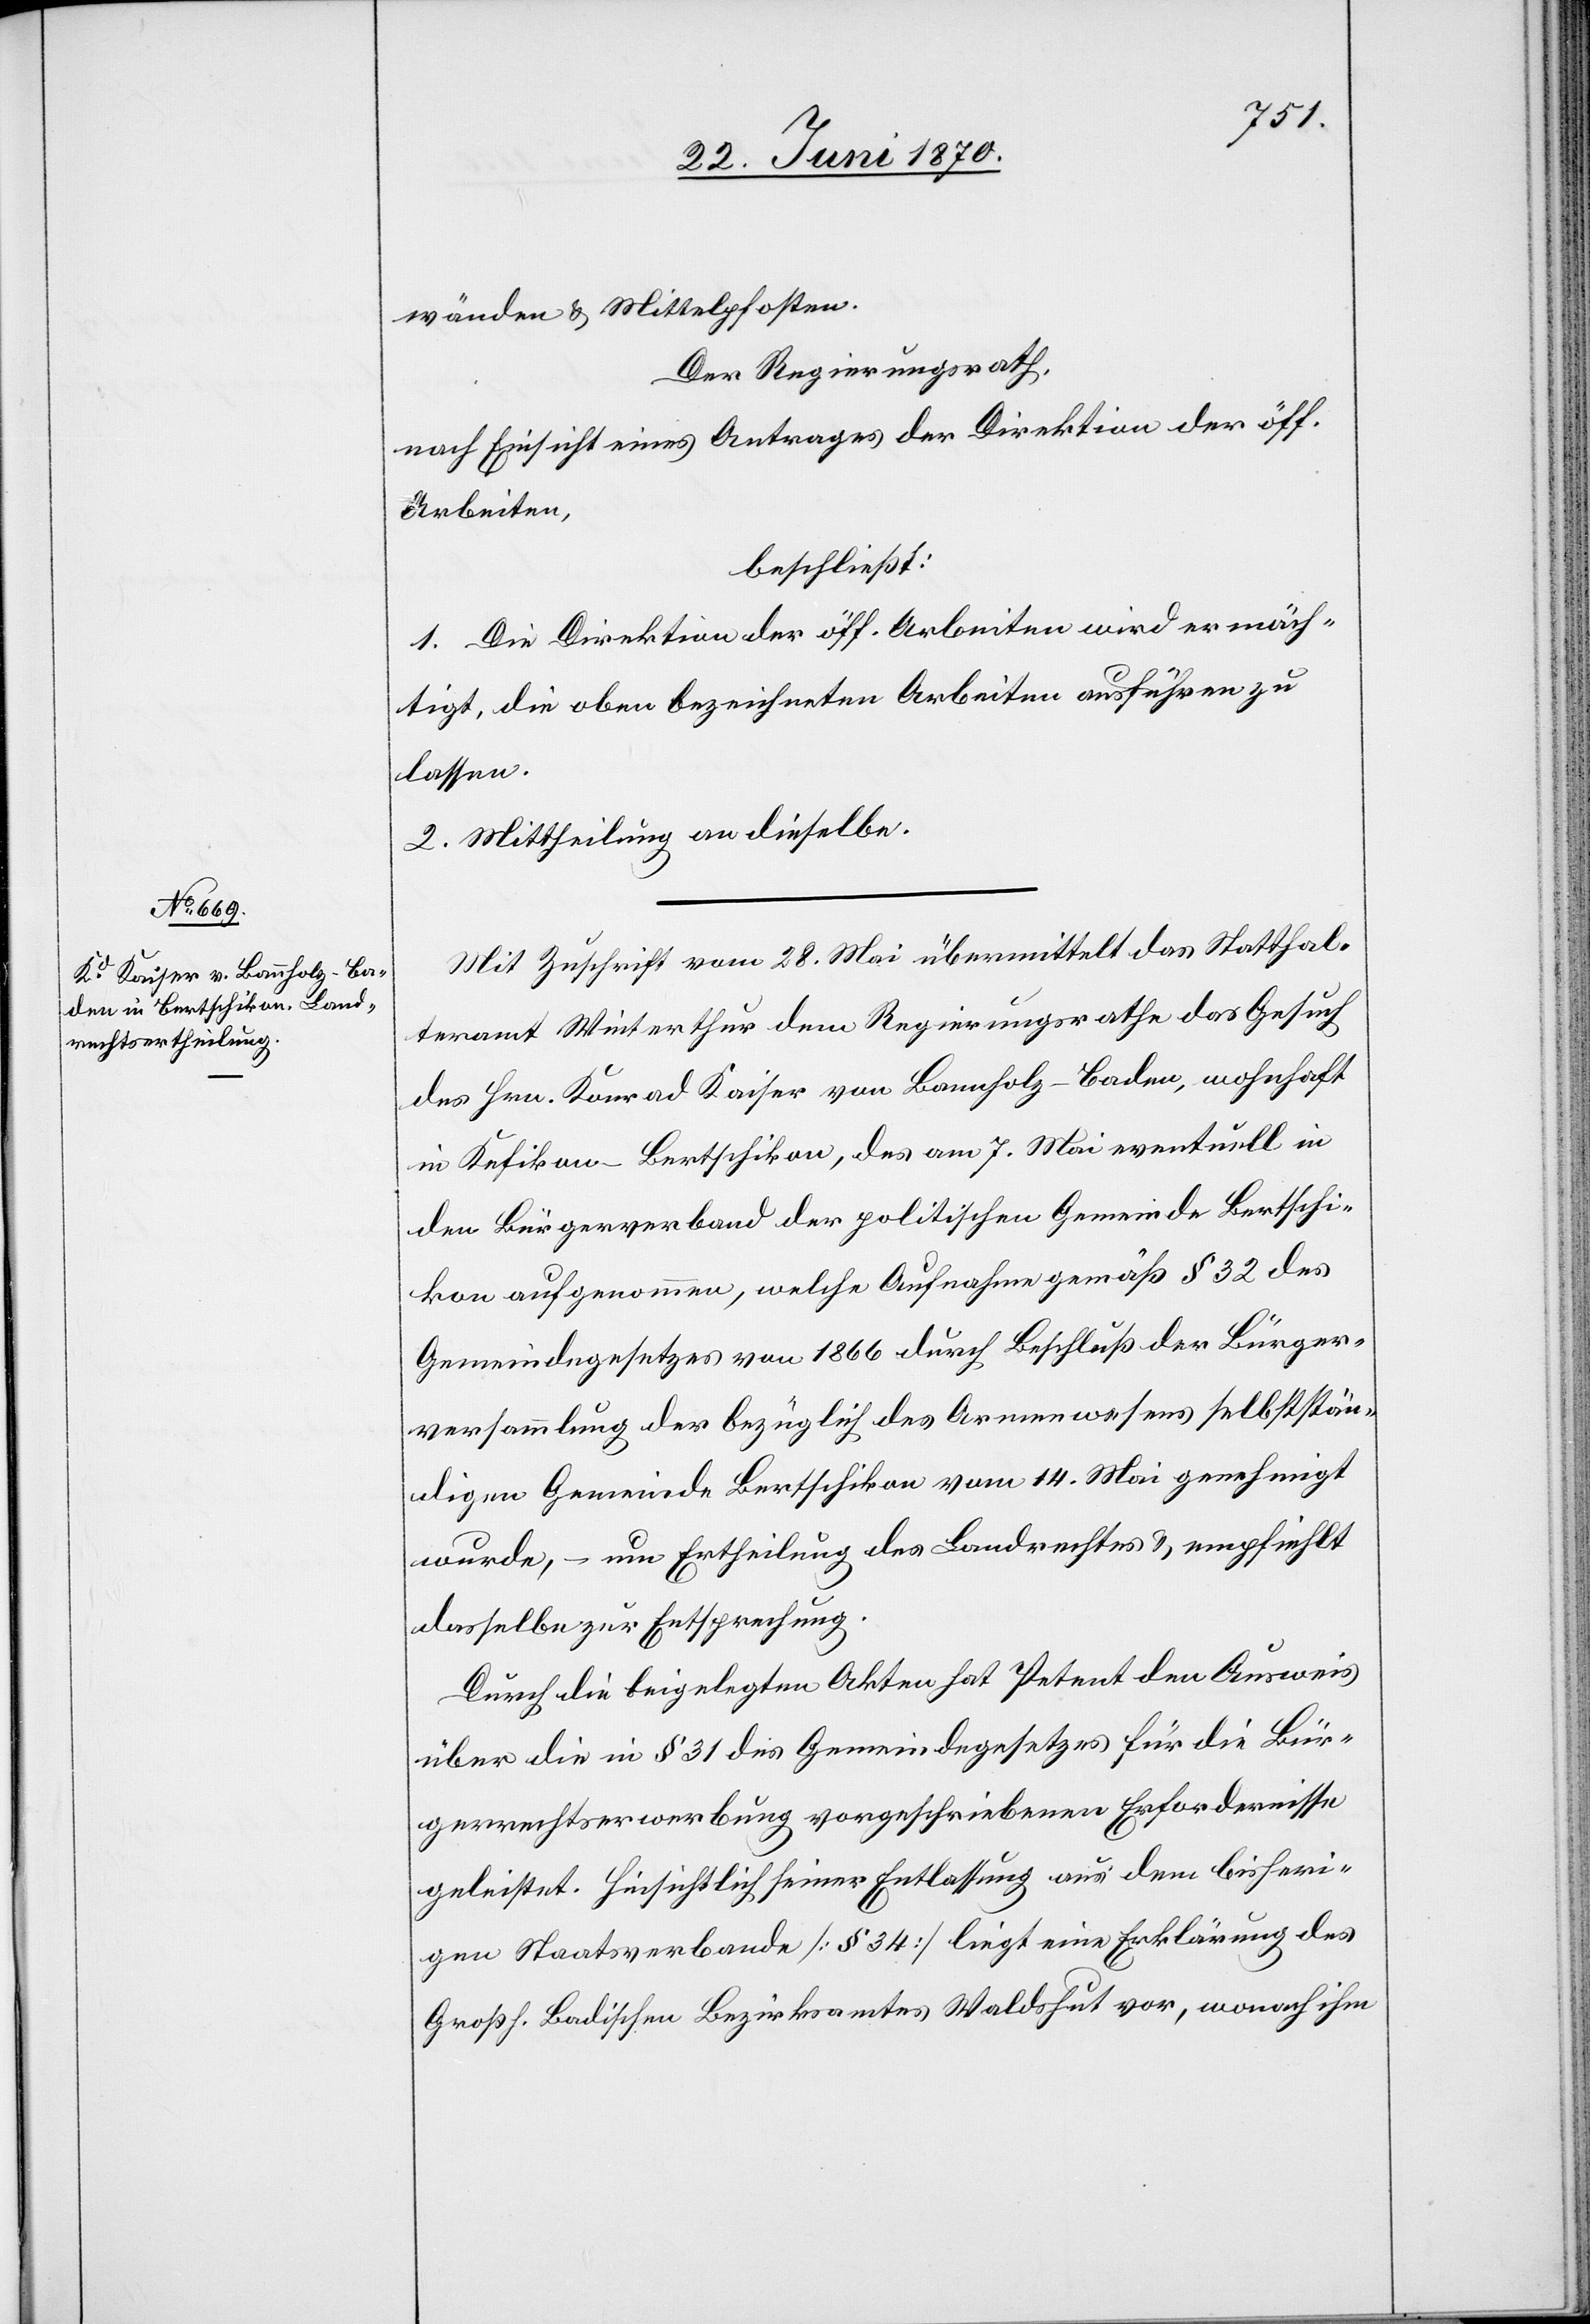
wänden & Mittelpfosten.
Der Regierungsrath,
nach Einsicht eines Antrages der Direktion der öff.
Arbeiten,
beschließt:
1. Die Direktion der öff. Arbeiten wird ermäch¬
tigt, die oben bezeichneten Arbeiten ausführen zu
lassen.
2. Mittheilung an dieselbe.